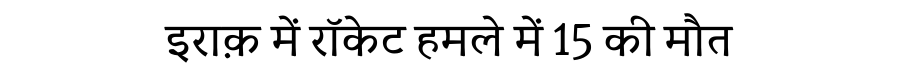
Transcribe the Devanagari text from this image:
इराक़ में रॉकेट हमले में 15 की मौत